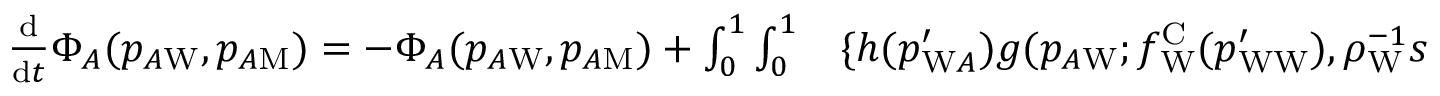
\begin{array} { r l } { \frac { \mathrm { d } } { \mathrm { d } t } \Phi _ { A } ( p _ { A \mathrm { W } } , p _ { A \mathrm { M } } ) = - \Phi _ { A } ( p _ { A \mathrm { W } } , p _ { A \mathrm { M } } ) + \int _ { 0 } ^ { 1 } \int _ { 0 } ^ { 1 } } & { { } \{ h ( p _ { \mathrm { W } A } ^ { \prime } ) g ( p _ { A \mathrm { W } } ; f _ { \mathrm { W } } ^ { \mathrm { C } } ( p _ { \mathrm { W W } } ^ { \prime } ) , \rho _ { \mathrm { W } } ^ { - 1 } s ^ { 2 } ) g ( p _ { A \mathrm { M } } ; f _ { \mathrm { M } } ^ { \mathrm { C } } ( p _ { \mathrm { W M } } ^ { \prime } ) , \rho _ { \mathrm { M } } ^ { - 1 } s ^ { 2 } ) } \end{array}